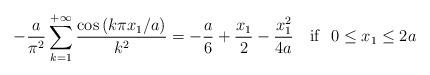
LaTeX: \begin{align*}-\dfrac{a}{\pi^{2}}\sum_{k=1}^{+\infty}\dfrac{\cos\left( k\pi x_{1}/a\right) }{k^{2}}=-\dfrac{a}{6}+\dfrac{x_{1}}{2}-\dfrac{x_{1}^{2}}{4a} \ \ \ \mathrm{if} \ \ 0\leq x_{1}\leq 2a\end{align*}